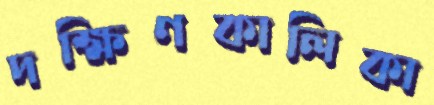
দক্ষিণকালিকা